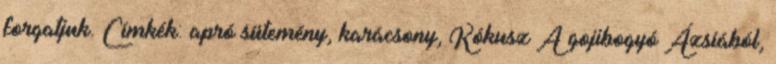
forgatjuk. Címkék: apró sütemény, karácsony, Kókusz A gojibogyó Ázsiából,